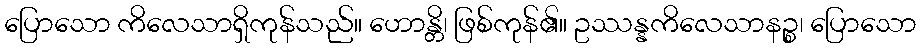
ပြောသော ကိလေသာရှိကုန်သည်။ ဟောန္တိ၊ ဖြစ်ကုန်၏။ ဥဿန္နကိလေသာနဉ္စ၊ ပြောသော